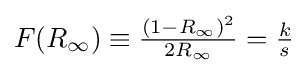
{\textstyle F(R_{\infty })\equiv {\frac {(1-R_{\infty })^{2}}{2R_{\infty }}}={\frac {k}{s}}}